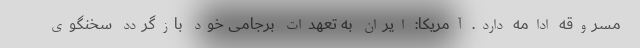
مسروقه ادامه دارد. آمریکا: ایران به تعهدات برجامی خود بازگردد سخنگوی